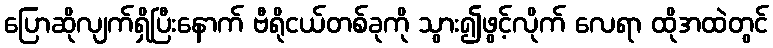
ပြောဆိုလျက်ရှိပြီးနောက် ဗီရိုငယ်တစ်ခုကို သွား၍ဖွင့်လိုက် လေရာ ထိုအထဲတွင်